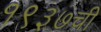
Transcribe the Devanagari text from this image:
१९३७ची